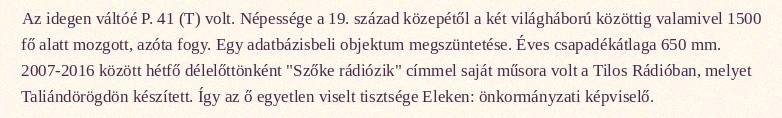
Az idegen váltóé P. 41 (T) volt. Népessége a 19. század közepétől a két világháború közöttig valamivel 1500 fő alatt mozgott, azóta fogy. Egy adatbázisbeli objektum megszüntetése. Éves csapadékátlaga 650 mm. 2007-2016 között hétfő délelőttönként "Szőke rádiózik" címmel saját műsora volt a Tilos Rádióban, melyet Taliándörögdön készített. Így az ő egyetlen viselt tisztsége Eleken: önkormányzati képviselő.